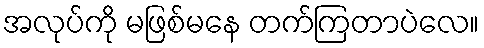
အလုပ်ကို မဖြစ်မနေ တက်ကြတာပဲလေ။